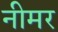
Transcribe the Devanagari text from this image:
नीमर